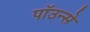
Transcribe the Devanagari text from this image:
पाॅउन्से